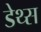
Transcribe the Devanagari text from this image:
डेथ्स